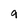
Character: g